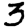
Digit: 3